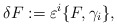
\begin{align*}\delta F := \varepsilon^{i} \{ F , \gamma_{i} \}, \end{align*}